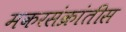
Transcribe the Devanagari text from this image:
मकरसंक्रांतीस